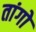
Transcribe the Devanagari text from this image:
तांगो